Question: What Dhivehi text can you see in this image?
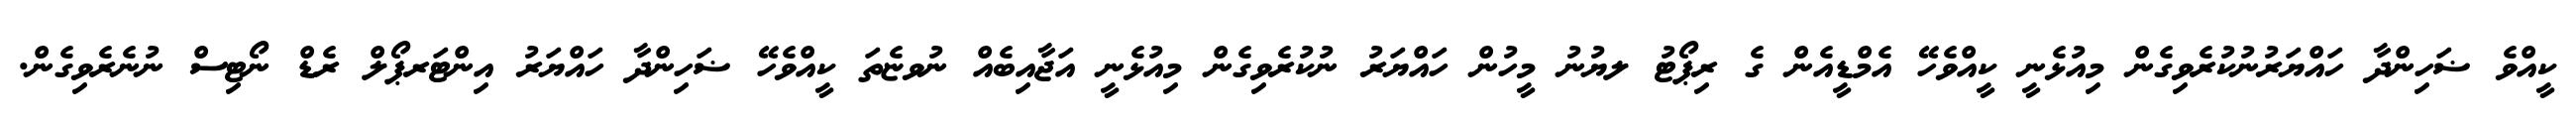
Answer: ކީއްވެ ޟަހިންދާ ހައްޔަރުނުކުރެވިގެން މިއުޅެނީ ކީއްވެހޭ އެމްޑީއެން ގެ ރިޕޯޓު ލޔުނު މީހުން ހައްޔަރު ނުކުރެވިގެން މިއުޅެނީ އަޖާއިބެއް ނުވޏެތަ ކީއްވެހޭ ޟަހިންދާ ހައްޔަރު އިންޓަރޕޯލް ރެޑް ނޯޓިސް ނުނެރެވިގެން.